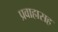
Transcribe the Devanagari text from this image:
प्रवाहासह